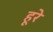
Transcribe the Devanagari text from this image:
हूरे